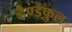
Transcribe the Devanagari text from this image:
हैण्डफुल